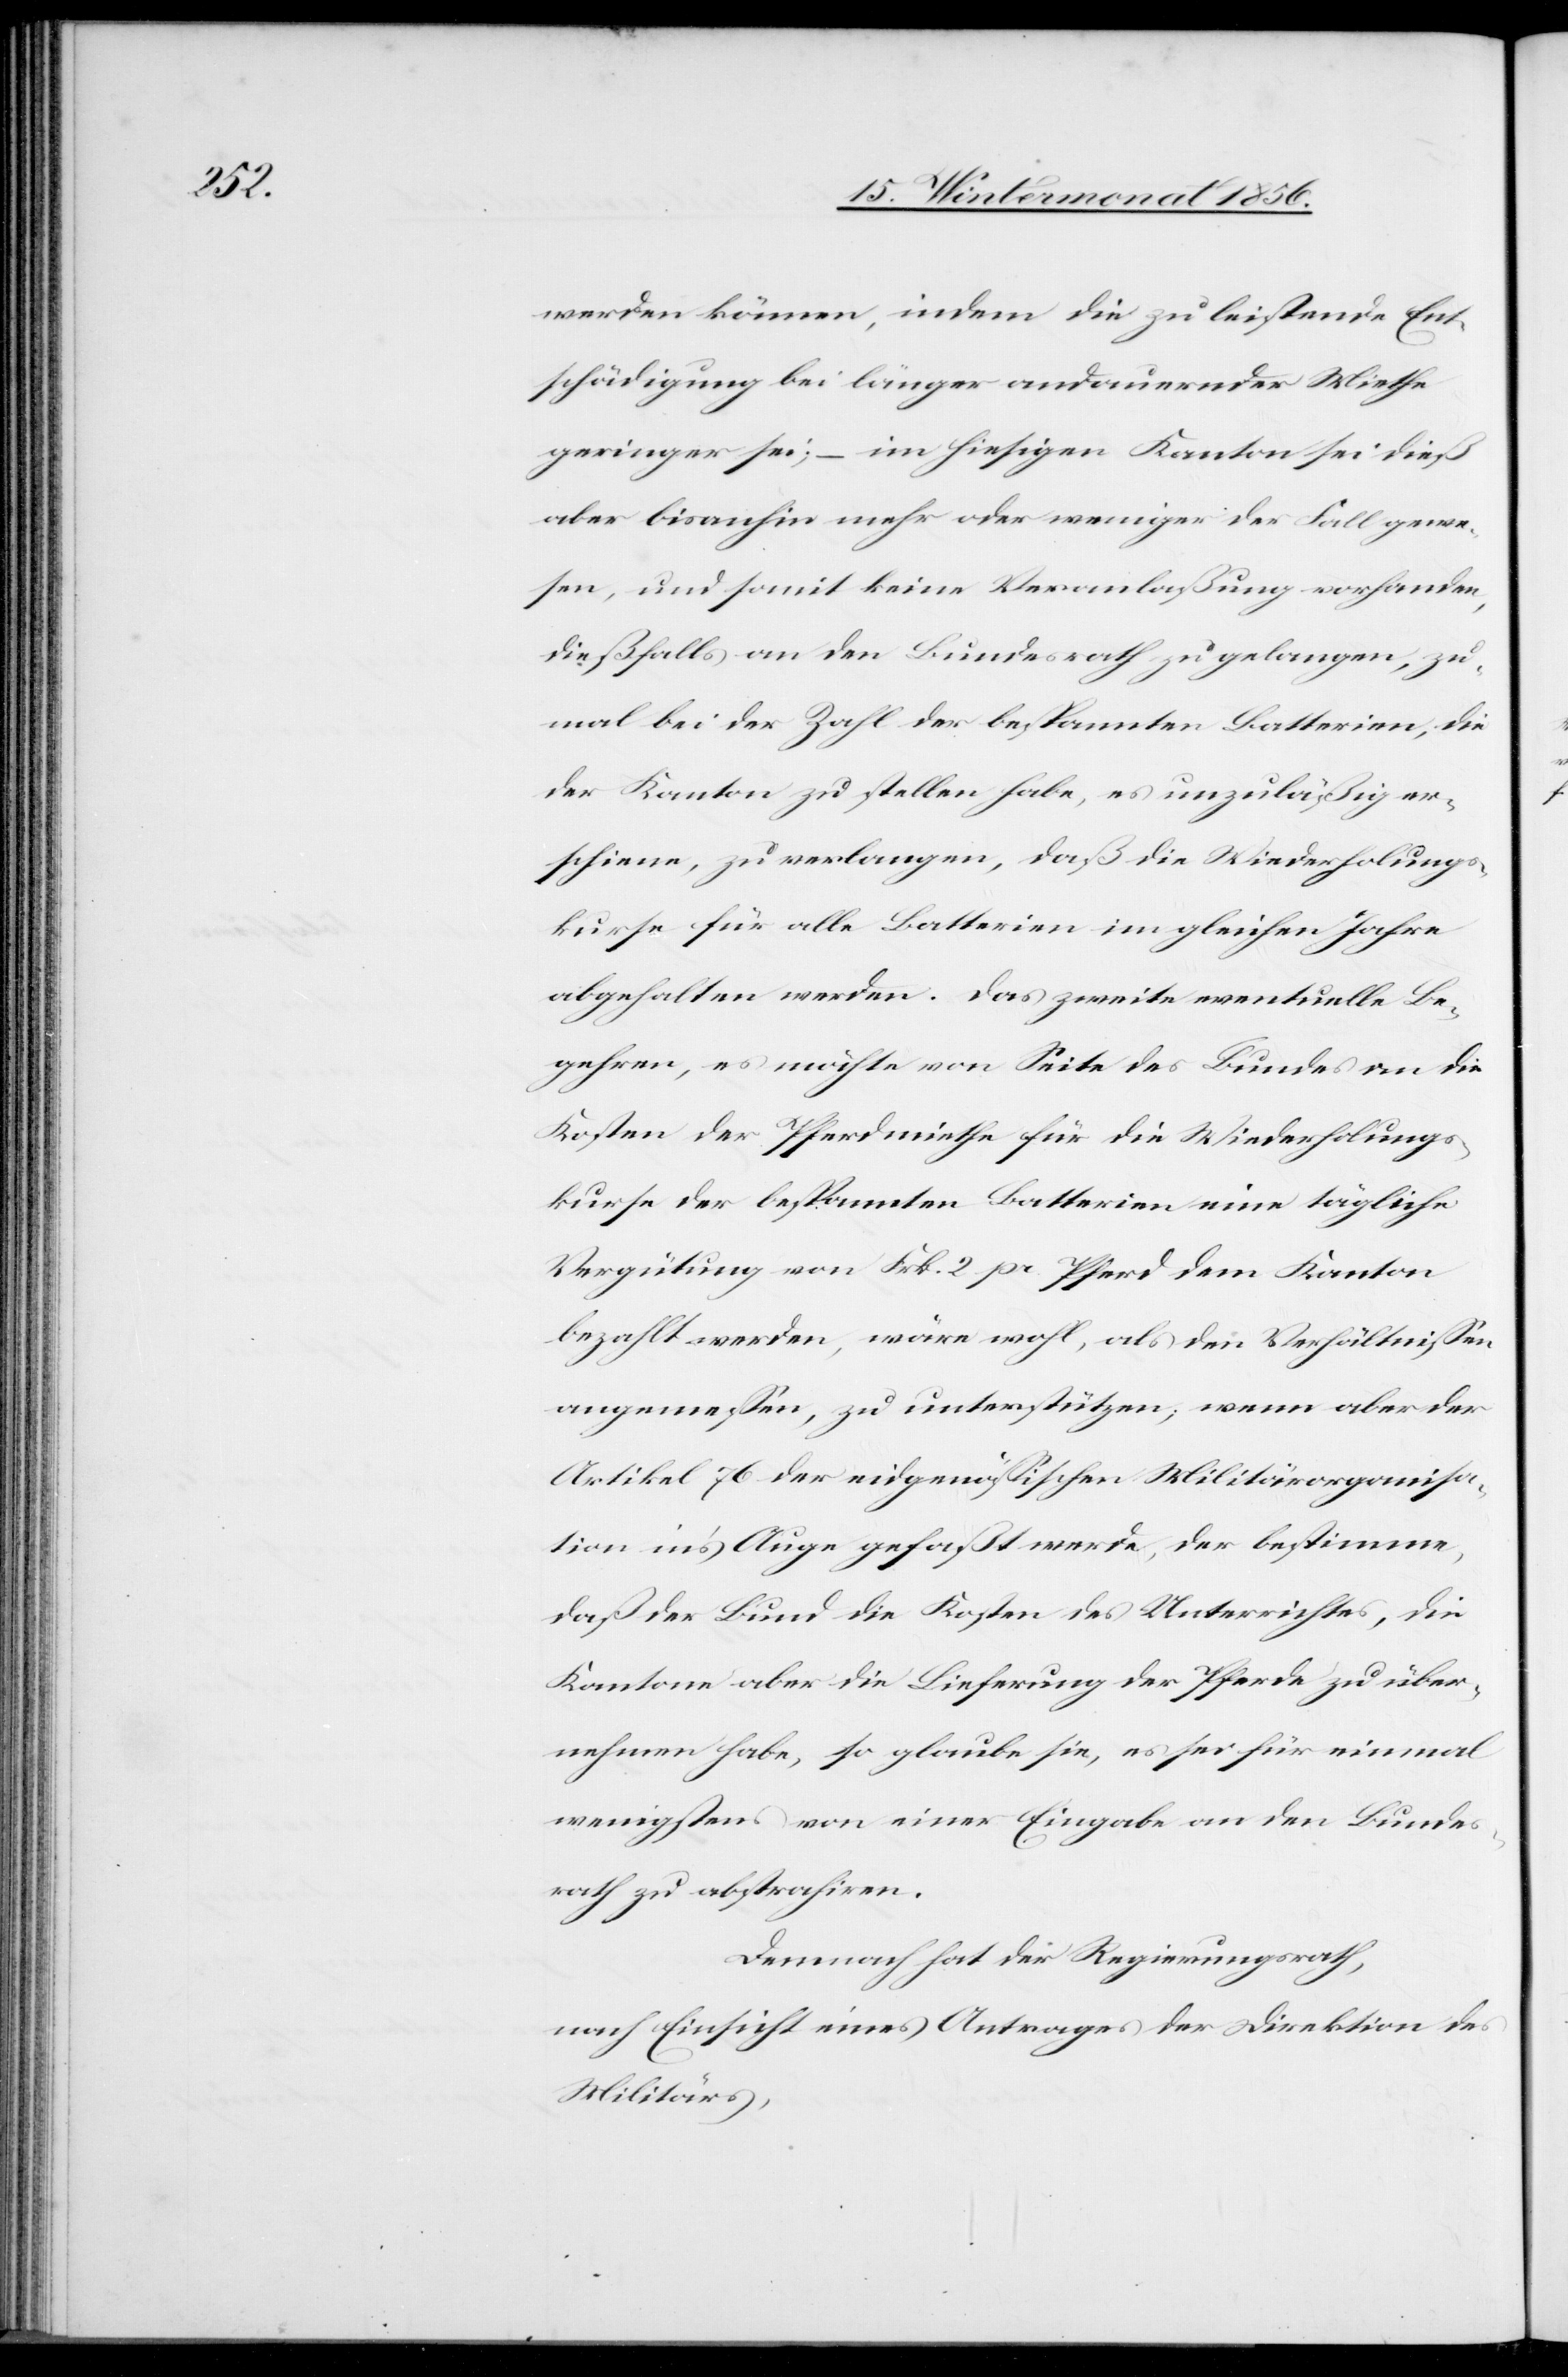
werden können, indem die zu leistende Ent¬
schädigung bei länger andauernder Miethe
geringer sei; – im hiesigen Kanton sei dieß
aber bisanhin mehr oder weniger der Fall gewe¬
sen, und somit keine Veranlaßung vorhanden,
dießfalls an den Bundesrath zu gelangen, zu¬
mal bei der Zahl der bespannten Batterien, die
der Kanton zu stellen habe, es unzuläßig er¬
scheine, zu verlangen, daß die Wiederholungs¬
kurse für alle Batterien im gleichen Jahre
abgehalten werden. Das zweite eventuelle Be¬
gehren, es möchte von Seite des Bundes an die
Kosten der Pferdmiethe für die Wiederholungs¬
kurse der bespannten Batterien eine tägliche
Vergütung von Frk. 2 pr. Pferd dem Kanton
bezahlt werden, wäre wohl, als den Verhältnissen
angemessen, zu unterstützen; wenn aber der
Artikel 76 der eidgenössischen Militärorganisa¬
tion in's Auge gefaßt werde, der bestimme,
daß der Bund die Kosten des Unterrichtes, die
Kantone aber die Lieferung der Pferde zu über¬
nehmen habe, so glaube sie, es sei für einmal
wenigstens von einer Eingabe an den Bundes¬
rath zu abstrahiren.
Demnach hat der Regierungsrath,
nach Einsicht eines Antrages der Direktion des
Militärs,